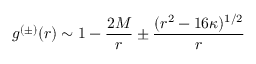
g ^ { ( \pm ) } ( r ) \sim 1 - { \frac { 2 M } { r } } \pm { \frac { ( r ^ { 2 } - 1 6 \kappa ) ^ { 1 / 2 } } { r } }